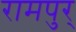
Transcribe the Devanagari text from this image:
रामपुर्